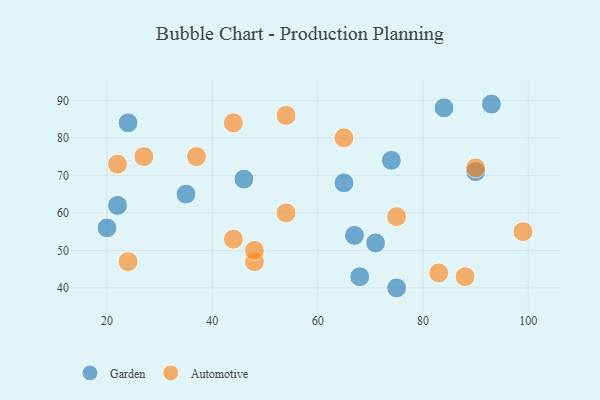
{"axis": {"x": "GDP", "y": "Life Expectancy"}, "legend": ["Automotive", "Garden"], "data": [{"x": "24", "y": 84, "type": "Garden"}, {"x": "35", "y": 65, "type": "Garden"}, {"x": "65", "y": 68, "type": "Garden"}, {"x": "74", "y": 74, "type": "Garden"}, {"x": "22", "y": 62, "type": "Garden"}, {"x": "68", "y": 43, "type": "Garden"}, {"x": "84", "y": 88, "type": "Garden"}, {"x": "75", "y": 40, "type": "Garden"}, {"x": "93", "y": 89, "type": "Garden"}, {"x": "46", "y": 69, "type": "Garden"}, {"x": "90", "y": 71, "type": "Garden"}, {"x": "20", "y": 56, "type": "Garden"}, {"x": "71", "y": 52, "type": "Garden"}, {"x": "67", "y": 54, "type": "Garden"}, {"x": "83", "y": 44, "type": "Automotive"}, {"x": "24", "y": 47, "type": "Automotive"}, {"x": "48", "y": 47, "type": "Automotive"}, {"x": "90", "y": 72, "type": "Automotive"}, {"x": "22", "y": 73, "type": "Automotive"}, {"x": "75", "y": 59, "type": "Automotive"}, {"x": "44", "y": 84, "type": "Automotive"}, {"x": "54", "y": 60, "type": "Automotive"}, {"x": "99", "y": 55, "type": "Automotive"}, {"x": "44", "y": 53, "type": "Automotive"}, {"x": "48", "y": 50, "type": "Automotive"}, {"x": "37", "y": 75, "type": "Automotive"}, {"x": "65", "y": 80, "type": "Automotive"}, {"x": "88", "y": 43, "type": "Automotive"}, {"x": "27", "y": 75, "type": "Automotive"}, {"x": "54", "y": 86, "type": "Automotive"}]}